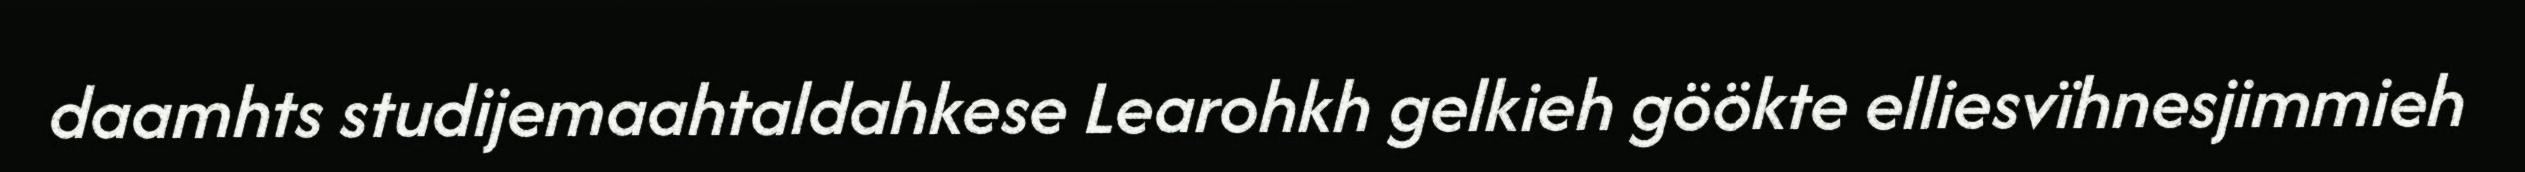
daamhts studijemaahtaldahkese Learohkh gelkieh göökte elliesvïhnesjimmieh